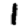
Digit: 1